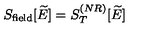
S _ { \mathrm { f i e l d } } [ \widetilde { E } ] = S _ { T } ^ { ( N R ) } [ \widetilde { E } ]